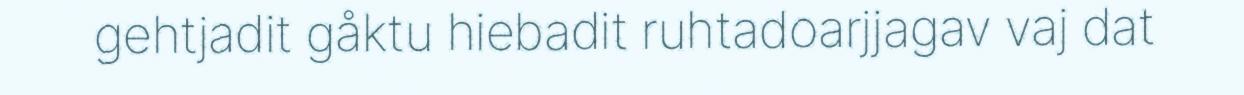
gehtjadit gåktu hiebadit ruhtadoarjjagav vaj dat